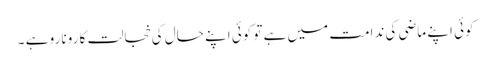
کوئی اپنے ماضی کی ندامت میں ہے تو کوئی اپنے حال کی خجالت کا رونا رو ہے ۔